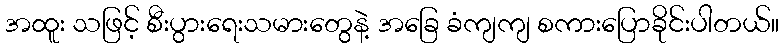
အထူး သဖြင့် စီးပွားရေးသမားတွေနဲ့ အခြေ ခံကျကျ စကားပြောခိုင်းပါတယ်။